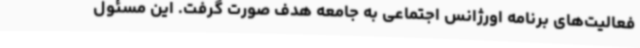
فعالیت‌های برنامه اورژانس اجتماعی به جامعه هدف صورت گرفت. این مسئول